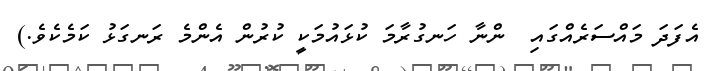
އެފަދަ މައްސަރެއްގައި  ންނާ ހަނގުރާމަ ކުޅައުމަކީ ކުރުން އެންމެ ރަނގަޅު ކަމެކެވެ.)